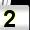
Digit: 2